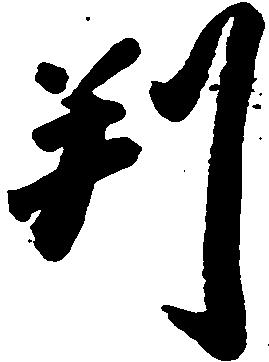
判